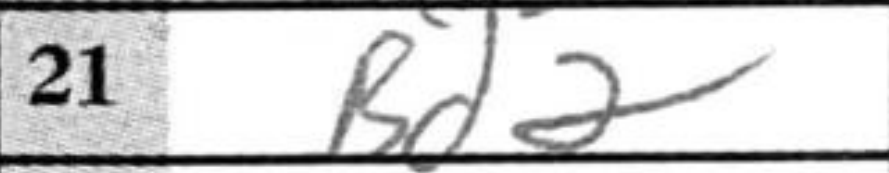
Transcription: Bd2